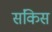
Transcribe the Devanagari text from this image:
संकिस